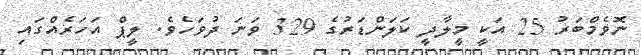
ނޮވެމްބަރު 25 އަކީ މީލާދީ ކަލަންޑަރުގެ 329 ވަނަ ދުވަހެވެ. ލީޕް އަހަރެއްގައި